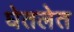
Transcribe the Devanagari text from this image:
घेतलेत